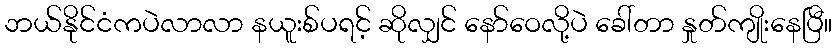
ဘယ်နိုင်ငံကပဲလာလာ နယူးစ်ပရင့် ဆိုလျှင် နော်ဝေလို့ပဲ ခေါ်တာ နှုတ်ကျိုးနေပြီ။